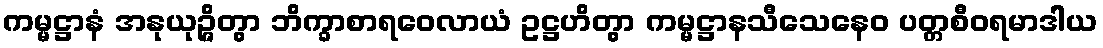
ကမ္မဋ္ဌာနံ အနုယုဉ္ဇိတွာ ဘိက္ခာစာရဝေလာယံ ဥဋ္ဌဟိတွာ ကမ္မဋ္ဌာနသီသေနေဝ ပတ္တစီဝရမာဒါယ